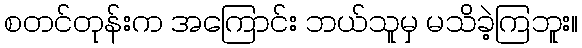
စတင်တုန်းက အကြောင်း ဘယ်သူမှ မသိခဲ့ကြဘူး။